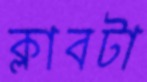
ক্লাবটা